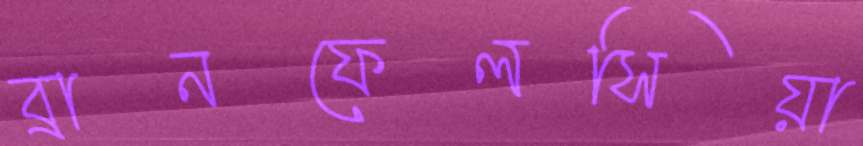
ব্রানফেলসিয়া